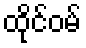
ထိုင်ဝမ်